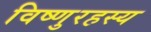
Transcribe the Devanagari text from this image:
विष्णुरहस्य